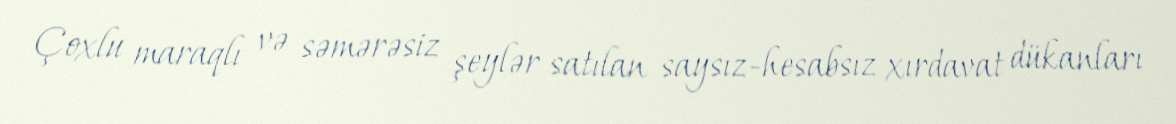
Çoxlu maraqlı və səmərəsiz şeylər satılan saysız-hesabsız xırdavat dükanları